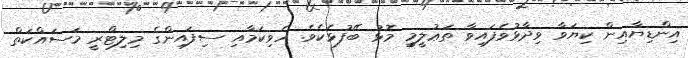
އިންޑިޔާއިން ކިޔަވާ ވިދާޅުވެފައިވާ ތަޢުލީމީ މޮޅު ބޭފުޅެކެވެ. ހެވިކަމާއި ސިފައިންގެ މިލިޓްރީ މަސައްކަތް